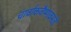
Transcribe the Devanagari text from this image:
चार्वाकवैष्णवमते